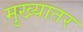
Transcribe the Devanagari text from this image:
मुख्यातर